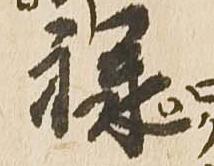
禄